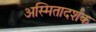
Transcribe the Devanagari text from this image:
अस्मितादर्शक